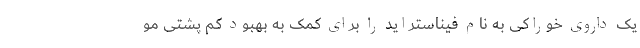
یک داروی خوراکی به نام فیناستراید را برای کمک به بهبود کم پشتی مو